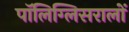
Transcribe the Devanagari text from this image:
पॉलिग्लिसरालों